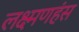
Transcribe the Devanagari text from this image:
लक्ष्मणहंस